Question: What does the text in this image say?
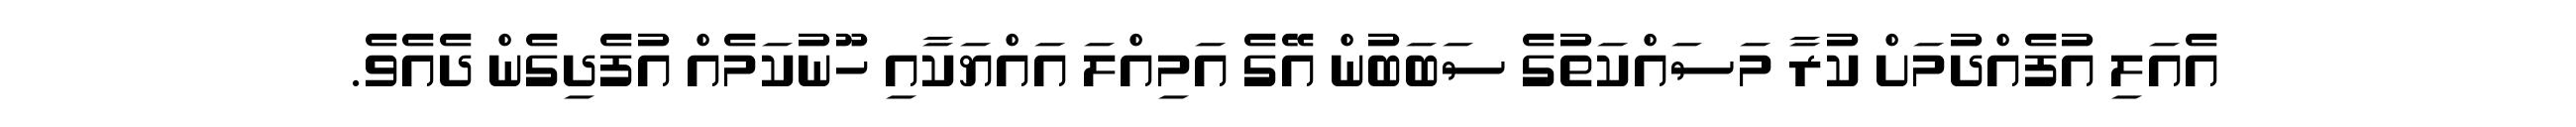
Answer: އެއަލި އުފެއްދުމަށް ކުރާ މަސައްކަތުގެ ސަބަބުން އޭގެ އަމިއްލަ އައްޔަކާއި ހޫނުކަމެއް އުފެދިގެން ދެއެވެ.